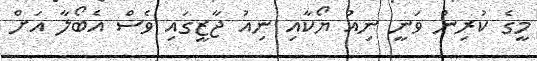
މީގެ ކުރިން ވަނީ ނިއު ޔޯކާއި ނިއު ޖާޒީގައި ވެސް އެބޯލާ އަށް